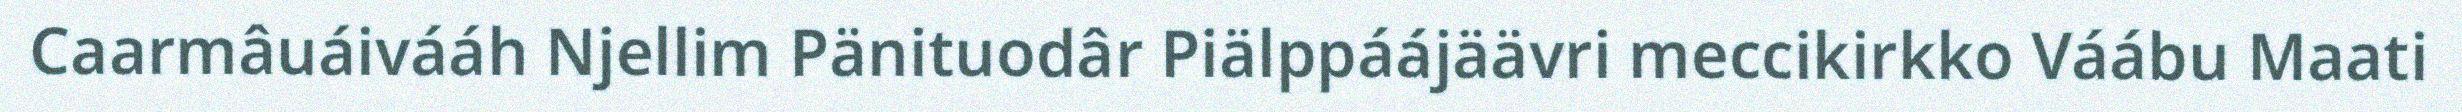
Caarmâuáivááh Njellim Pänituodâr Piälppáájäävri meccikirkko Váábu Maati